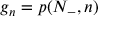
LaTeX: g _ { n } = p ( N _ { - } , n )